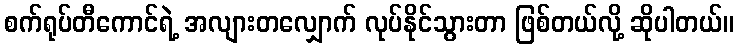
စက်ရုပ်တီကောင်ရဲ့ အလျားတလျှောက် လုပ်နိုင်သွားတာ ဖြစ်တယ်လို့ ဆိုပါတယ်။